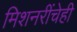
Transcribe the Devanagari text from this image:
मिशनरींचेही